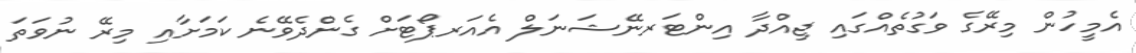
އެމީހުން މިރޭގެ ވަގުތެއްގައި ޖިއްދާ އިންޓަރނޭޝަނަލް އެއަރޕޯޓަށް ގެންދެވޭނެ ކަމަށާއި މިރޭ ނުވަތަ